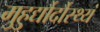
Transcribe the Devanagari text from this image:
मुहुर्द्यौर्दौस्थ्यं